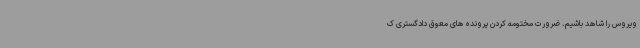
ویروس را شاهد باشیم. ضرورت مختومه کردن پرونده های معوق دادگستری ک